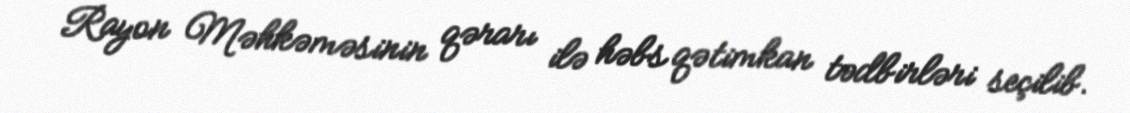
Rayon Məhkəməsinin qərarı ilə həbs qətimkan tədbirləri seçilib.